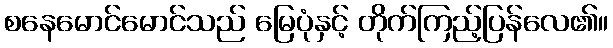
စနေမောင်မောင်သည် မြေပုံနှင့် တိုက်ကြည့်ပြန်လေ၏။